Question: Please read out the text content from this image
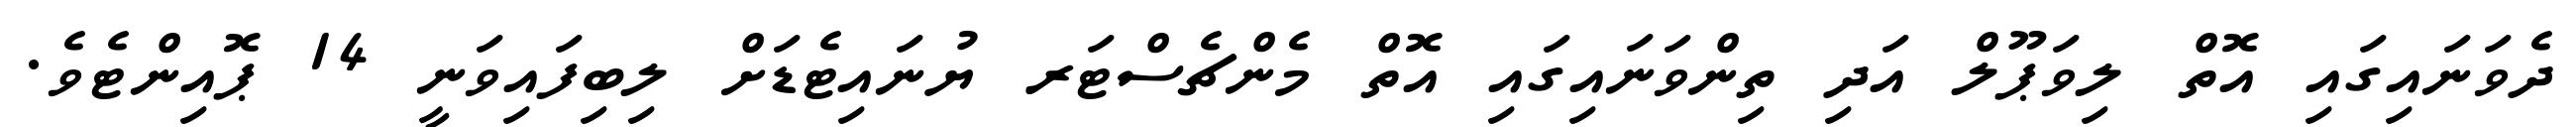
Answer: ދެވަނައިގައި އޮތް ލިވަޕޫލް އަދި ތިންވަނައިގައި އޮތް މެންޗެސްޓަރ ޔުނައިޓެޑަށް ލިބިފައިވަނީ 14 ޕޮއިންޓެވެ.